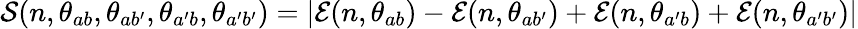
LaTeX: \mathcal{S}(n,\theta_{ab},\theta_{ab^{\prime}},\theta_{a^{\prime}b},\theta_{a^{\prime}b^{\prime}})=|\mathcal{E}(n,\theta_{ab})-\mathcal{E}(n,\theta_{ab^{\prime}})+\mathcal{E}(n,\theta_{a^{\prime}b})+\mathcal{E}(n,\theta_{a^{\prime}b^{\prime}})|